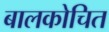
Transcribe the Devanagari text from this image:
बालकोचित